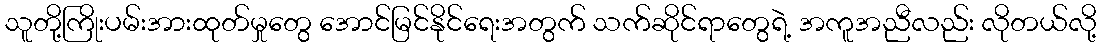
သူတို့ကြိုးပမ်းအားထုတ်မှုတွေ အောင်မြင်နိုင်ရေးအတွက် သက်ဆိုင်ရာတွေရဲ့ အကူအညီလည်း လိုတယ်လို့